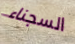
السجناء